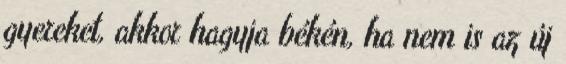
gyereket, akkor hagyja békén, ha nem is az új